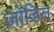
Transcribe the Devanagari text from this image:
जोडित